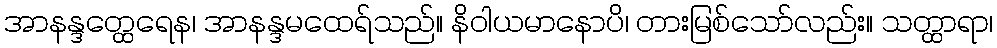
အာနန္ဒတ္ထေရေန၊ အာနန္ဒမထေရ်သည်။ နိဝါယမာနောပိ၊ တားမြစ်သော်လည်း။ သတ္ထာရာ၊